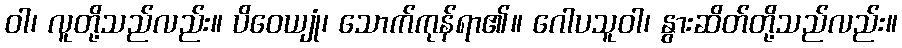
ဝါ၊ လူတို့သည်လည်း။ ပိဝေယျုံ၊ သောက်ကုန်ရာ၏။ ဂေါပသူဝါ၊ နွားဆိတ်တို့သည်လည်း။